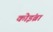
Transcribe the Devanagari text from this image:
कोइंब्रा